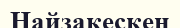
Найзакескен